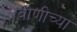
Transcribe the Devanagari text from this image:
निर्वाणीच्या